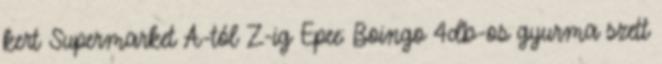
kert Supermarket A-tól Z-ig Epee: Boingo 4db-os gyurma szett